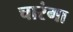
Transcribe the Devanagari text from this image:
चारंगा